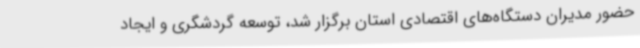
حضور مدیران دستگاه‌های اقتصادی استان برگزار شد، توسعه گردشگری و ایجاد